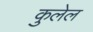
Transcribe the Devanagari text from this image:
कुलेल